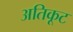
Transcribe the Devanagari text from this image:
अतिकूट